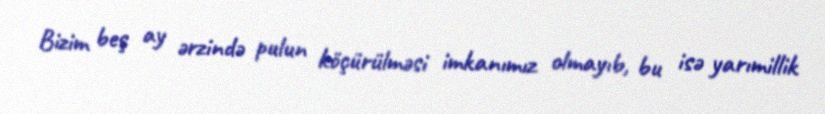
Bizim beş ay ərzində pulun köçürülməsi imkanımız olmayıb, bu isə yarımillik